Annual administration and progress report of the Indian Medical Department, Bombay
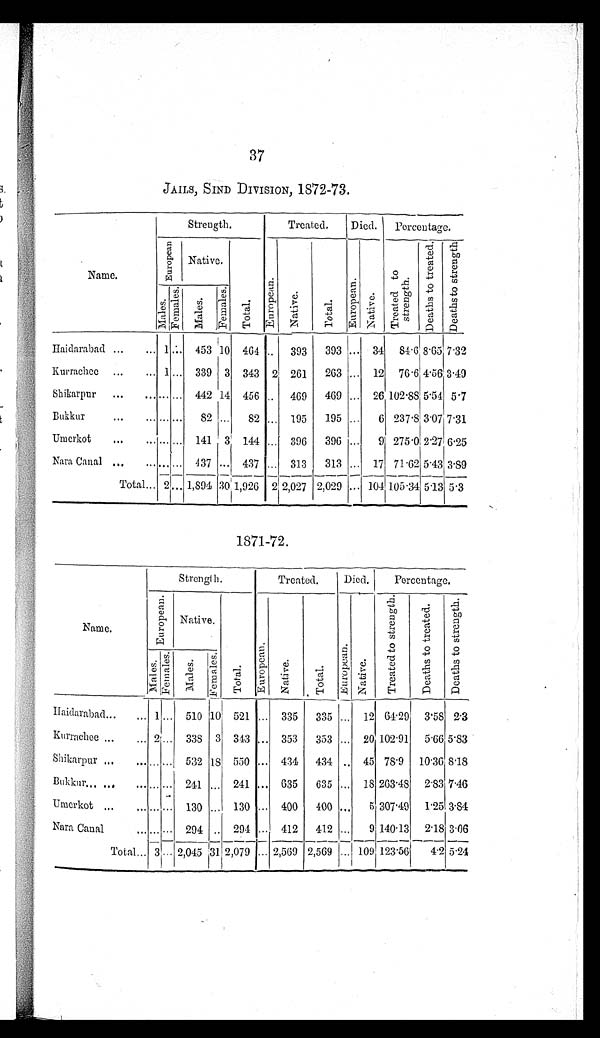
37
JAILS, SIND DIVISION, 1872-73.
Name.
Strength.
Treated.
Died.
Percentage.
Eur opean
Native.
T o t a l .
E u r o p e a n .
N a t i v e .
Total.
E u r o p e a n . N a t i v e .
Tr e a t e d t o
st r engt h.
D e a t h s t o t r e a t e d . De a t h s t o s t r e n g t h .
Males.
F e ma l e s .
M a l e s .
F e m a l e s .
Haidarabad ...
... 1 ... 453 10 464 ..
393
393
... 34 84.6 8.65 7.32
Kurrachee ...
... 1 ... 339 3 343 2 261
263 ... 12 76.6 4.56 3.49
Shikarpur
...
. . .
... ... 442 14 456 ..
469
469 ... 26 102.88 5.54 5.7
Bukkur
...
... ... ...
82 ...
82 ... 195
195 ...
6 237.8 3.07 7.31
Umerkot
...
...... ... ... 141 3 144 ... 396
396 ...
9 275.0 2.27 6.25
Nara Canal . . .
. . .
... ... 437 ... 437 .. 313
313 ... 17 71.62 5.43 3.89
Total . . . 2 ... 1,894 30 1,926 2
2 , 0 2 7
2,029 ... 104 105.34 5.13 5.3
1871-72.
Name.
Strength.
Treated.
Died.
Percentage.
E u r o p e a n .
Native.
T o t a l .
E u r o p e a n .
N a t i v e .
T o t a l .
Eur ope a n. N a t i v e .
T r e a t e d t o s t r e n g t h .
D e a t h s t o t r e a t e d . D e a t h s t o s t r e n g t h .
M a l e s .
F e m a l e s .
Mal es.
F e ma l e s .
Haidarabad ...
. . .
1 ... 510 10 521 ... 335
335 ... 12 64.29 3.58 2.3
Kurrachee ...
... 2 ... 338 3 343 ... 353
353 ... 20 102.91
5.66 5.83
Shikarpur ...
... . . . ... 532 18 550 ... 434
434 .. 45 78.9 10.36 8.18
Bukkur ... ...
. . . . . . . . . 241 ... 241 ... 635
635 ... 18 263.48 2.83 7.46
Umerkot ...
. . . . . .... 130 ... 130 ... 400
400 ...
5 307.49 1.25 3.84
Nara Canal
. . . . . . . . . 294 .. 294 ... 412
412 ...
9 140.13 2.18 3.06
Total . . . 3 ... 2,045 31 2,079 ... 2,569 2,569 ... 109 123.56
4.2 5.24